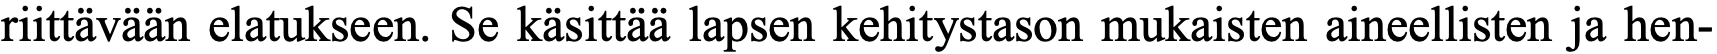
riittävään elatukseen. Se käsittää lapsen kehitystason mukaisten aineellisten ja hen-